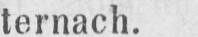
ternach.